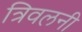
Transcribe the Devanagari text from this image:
त्रिवलनी